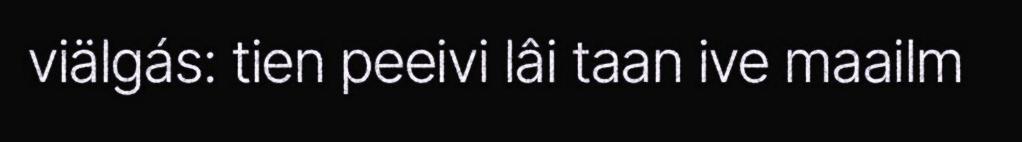
viälgás: tien peeivi lâi taan ive maailm